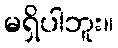
မရှိပါဘူး။